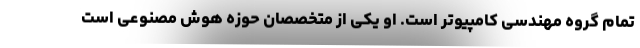
تمام گروه مهندسی کامپیوتر است. او یکی از متخصصان حوزه هوش مصنوعی است